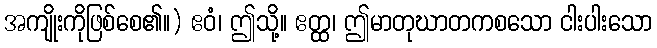
အကျိုးကိုဖြစ်စေ၏။) ဧဝံ၊ ဤသို့။ ဧတ္ထ၊ ဤမာတုဃာတကစသော ငါးပါးသော